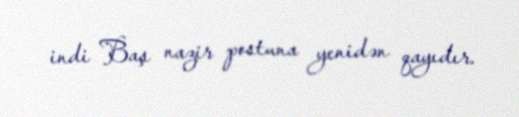
indi Baş nazir postuna yenidən qayıdır.